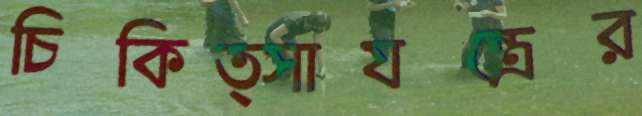
চিকিত্সাযন্ত্রের